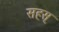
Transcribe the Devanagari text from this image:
सहस्